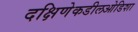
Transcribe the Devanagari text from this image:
दक्षिणेकडीलओडिशा